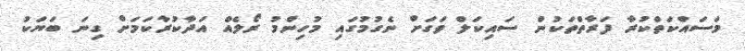
މަސައްކަތްކުރާ ފަރާތްތަކުން ސައިކަލް ވަގަށް ނެގުމުގައި މުހިންމު ރޯލެއް އަދާކުރާކަމަށް ގިނަ ބަޔަކު